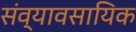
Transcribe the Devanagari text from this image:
संव्यावसायिक